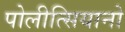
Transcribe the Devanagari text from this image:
पोलीत्सियानो